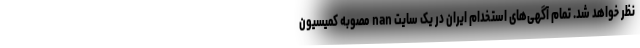
نظر خواهد شد. تمام آگهی‌های استخدام ایران در یک سایت nan مصوبه کمیسیون